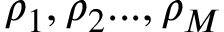
\rho _ { 1 } , \rho _ { 2 } . . . , \rho _ { M }